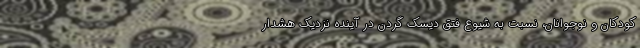
کودکان و نوجوانان، نسبت به شیوع فتق دیسک گردن در آینده نزدیک هشدار